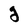
Character: g